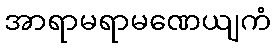
အာရာမရာမဏေယျကံ